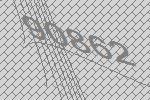
90862